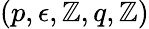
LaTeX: (p,\epsilon,\mathbb{Z},q,\mathbb{Z})